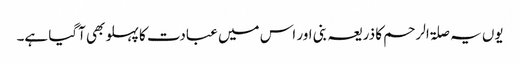
یوں یہ صلۃ الرحم کا ذریعہ بنی اور اس میں عبادت کا پہلو بھی آگیا ہے۔